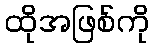
ထိုအဖြစ်ကို